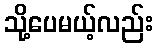
သို့ပေမယ့်လည်း